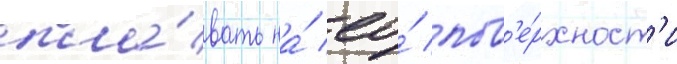
пла́вать на́ ео́ пов'е́рхност'и